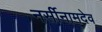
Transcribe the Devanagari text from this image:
नर्सीनामदेव